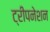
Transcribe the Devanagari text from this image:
ट्रीपनेशन